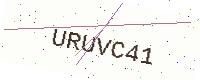
Text: URUVC41